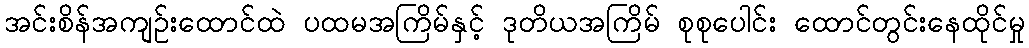
အင်းစိန်အကျဉ်းထောင်ထဲ ပထမအကြိမ်နှင့် ဒုတိယအကြိမ် စုစုပေါင်း ထောင်တွင်းနေထိုင်မှု